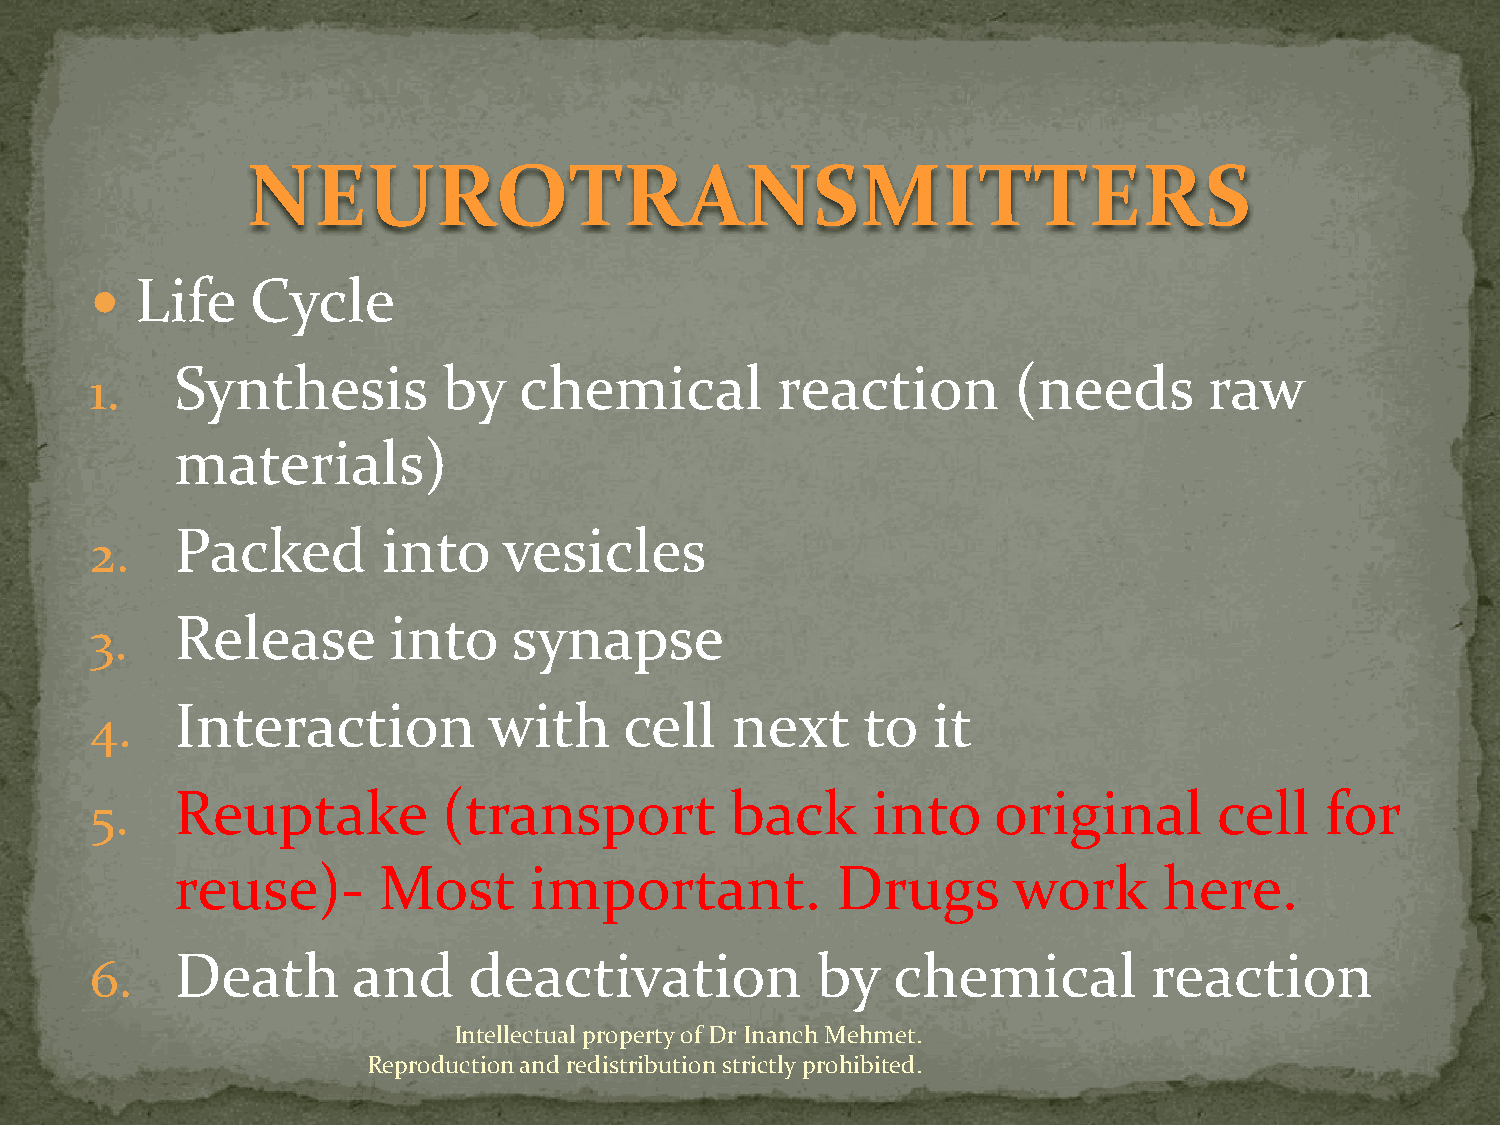
NEUROTRANSMITTERS
   Life    Cycle
 Synthesis        by   chemical         reaction        (needs       raw
 1.
 materials)
 Packed       into    vesicles
 2.
 Release       into    synapse
 3.
 Interaction         with     cell   next     to   it
 4.
 Reuptake         (transport         back      into    original       cell   for
 5.
 reuse)-      Most      important.          Drugs       work      here.
 Death      and     deactivation           by   chemical         reaction
 6.
 Intellectual property of Dr Inanch Mehmet.
 Reproduction and redistribution strictly prohibited.